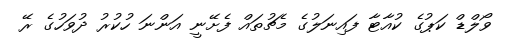
ވޯލްޑް ކަޕުގެ ކުއާޓާ ފައިނަލުގެ މެޗުތައް ފެށޭނީ އަންނަ ހުކުރު ދުވަހުގެ ރޭ